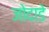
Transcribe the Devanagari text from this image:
जोदाडे